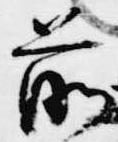
前